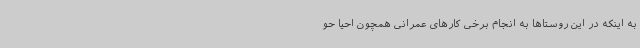
به اینکه در این روستاها به انجام برخی کارهای عمرانی همچون احیا حو